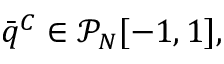
\bar { q } ^ { C } \in \mathcal { P } _ { N } [ - 1 , 1 ] ,